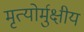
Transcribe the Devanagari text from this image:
मृत्‍योर्मुक्षीय